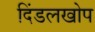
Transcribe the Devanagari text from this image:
दिंडलखोप